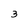
Character: 3